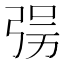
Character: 𰐘